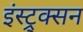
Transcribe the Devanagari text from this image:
इंस्ट्र्क्सन